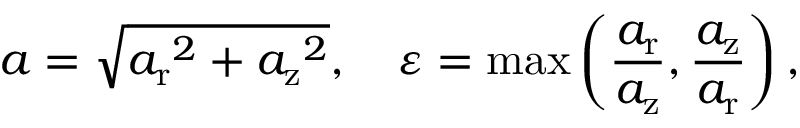
a = \sqrt { { a _ { \mathrm { r } } } ^ { 2 } + { a _ { \mathrm { z } } } ^ { 2 } } , \ \ \ \varepsilon = \operatorname* { m a x } \left( \frac { a _ { \mathrm { r } } } { a _ { \mathrm { z } } } , \frac { a _ { \mathrm { z } } } { a _ { \mathrm { r } } } \right) ,